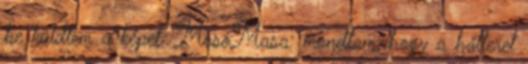
be küldtem a képet. MosoMasa: mondtam, hogy a hátteret